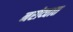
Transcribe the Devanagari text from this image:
नरोव्चात